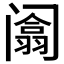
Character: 𰿻